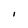
Character: l